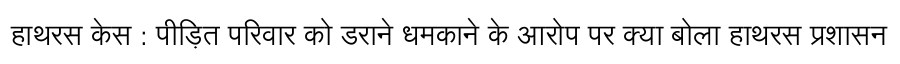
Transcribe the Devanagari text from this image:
हाथरस केस : पीड़ित परिवार को डराने धमकाने के आरोप पर क्या बोला हाथरस प्रशासन